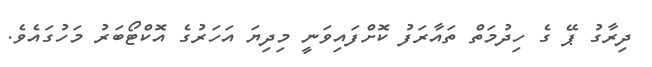
ދިރާގު ޕޭ ގެ ހިދުމަތް ތައާރަފު ކޮށްފައިވަނީ މިދިޔަ އަހަރުގެ އޮކްޓޯބަރު މަހުގައެވެ.